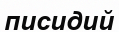
писидий